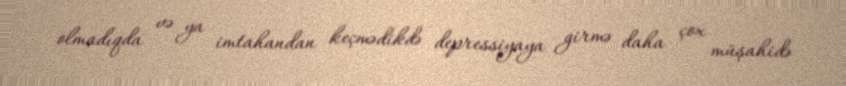
olmadıqda və ya imtahandan keçmədikdə depressiyaya girmə daha çox müşahidə